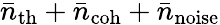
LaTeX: \bar{n}_{\mathrm{th}}+\bar{n}_{\mathrm{coh}}+\bar{n}_{\mathrm{noise}}